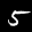
Label: 5